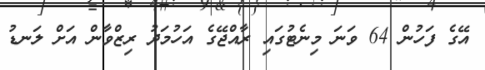
އޭގެ ފަހުން 64 ވަނަ މިނެޓުގައި ރާއްޖޭގެ އަހުމަދު ރިޒްވާން އަށް ލަނޑު